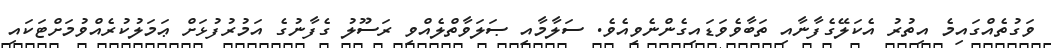
ވަގުތެއްގައިމެ އިތުރު އެކަލޭގެފާނާއި ތަބާވެވަޑައިގެންނެވިއެވެ. ސަލާމާއި ޞަލަވާތްލެއްވި ރަސޫލު ގެފާނުގެ އަމުރުފުޅަށް ޢަމަލުކުރެއްވުމަށްޓަކައި